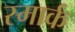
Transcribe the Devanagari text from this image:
स्मार्क